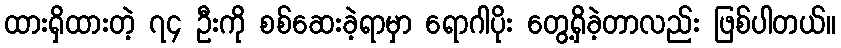
ထားရှိထားတဲ့ ၇၄ ဦးကို စစ်ဆေးခဲ့ရာမှာ ရောဂါပိုး တွေ့ရှိခဲ့တာလည်း ဖြစ်ပါတယ်။